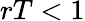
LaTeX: rT<1